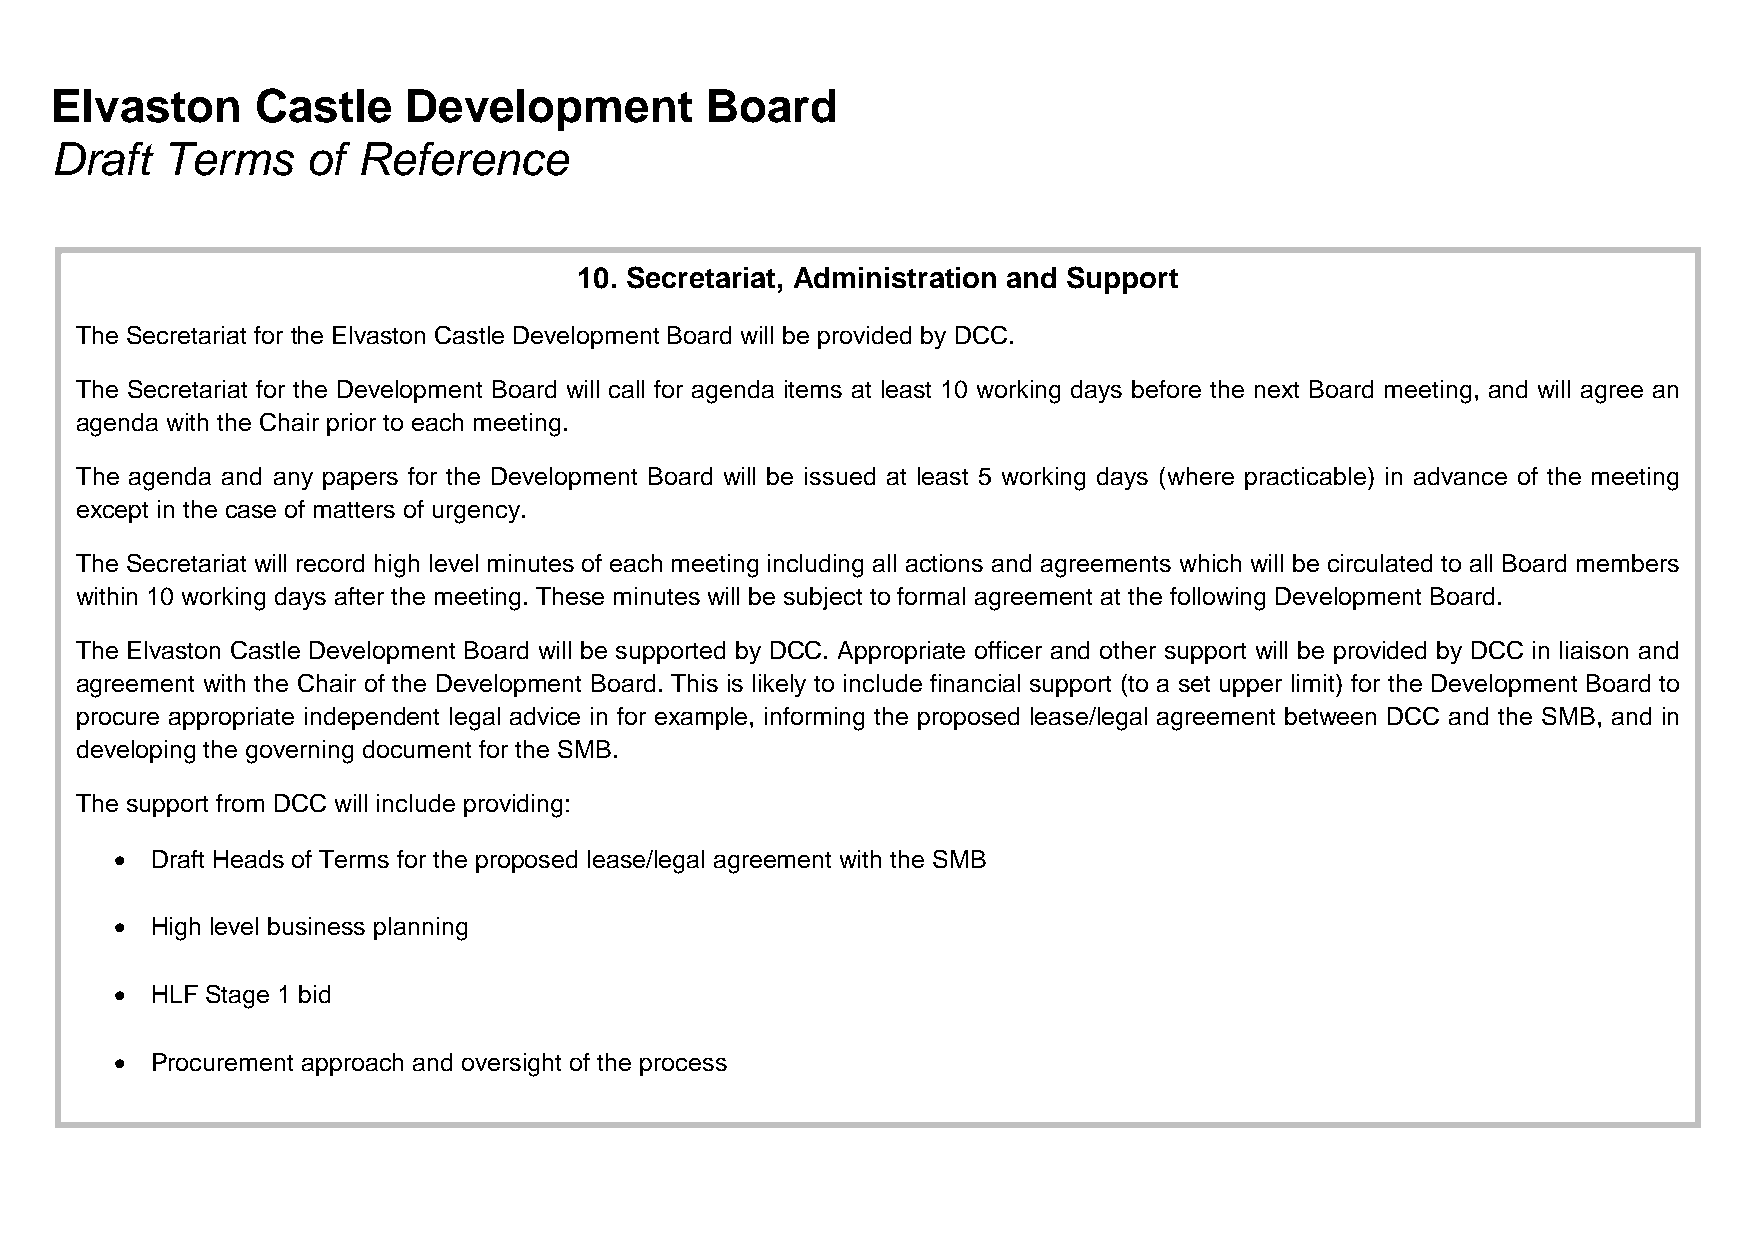
Elvaston      Castle    Development         Board
 Draft   Terms    of  Reference
 10. Secretariat, Administration and Support
 The Secretariat for the Elvaston Castle Development Board will be provided by DCC.
 The Secretariat for the Development Board will call for agenda items at least 10 working days before the next Board meeting, and will agree an
 agenda with the Chair prior to each meeting.
 The agenda and any papers for the Development Board will be issued at least 5 working days (where practicable) in advance of the meeting
 except in the case of matters of urgency.
 The Secretariat will record high level minutes of each meeting including all actions and agreements which will be circulated to all Board members
 within 10 working days after the meeting. These minutes will be subject to formal agreement at the following Development Board.
 The Elvaston Castle Development Board will be supported by DCC. Appropriate officer and other support will be provided by DCC in liaison and
 agreement with the Chair of the Development Board. This is likely to include financial support (to a set upper limit) for the Development Board to
 procure appropriate independent legal advice in for example, informing the proposed lease/legal agreement between DCC and the SMB, and in
 developing the governing document for the SMB.
 The support from DCC will include providing:
 • Draft Heads of Terms for the proposed lease/legal agreement with the SMB
 • High level business planning
 • HLF Stage 1 bid
 • Procurement approach and oversight of the process